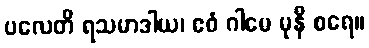
ပလေတိ ရသမာဒါယ၊ ဧဝံ ဂါမေ မုနီ စရေ။